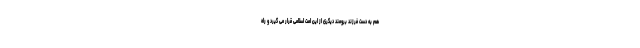
هم به دست فرزند برومند دیگری از این امت اسلامی قرار می گیرد و راه